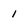
Character: 1